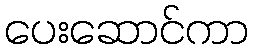
ပေးဆောင်ကာ